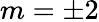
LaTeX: m=\pm 2